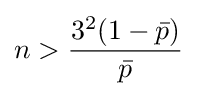
n>{\frac {3^{2}(1-{\bar {p}})}{\bar {p}}}